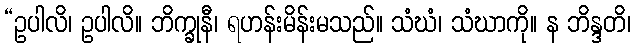
“ဥပါလိ၊ ဥပါလိ။ ဘိက္ခုနီ၊ ရဟန်းမိန်းမသည်။ သံဃံ၊ သံဃာကို။ န ဘိန္ဒတိ၊